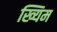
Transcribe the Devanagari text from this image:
ख्यिम